Report on plague in the Punjab from October 1st ... to September 30th ..., being the ... season of plague in the province
Disease focus: Plague
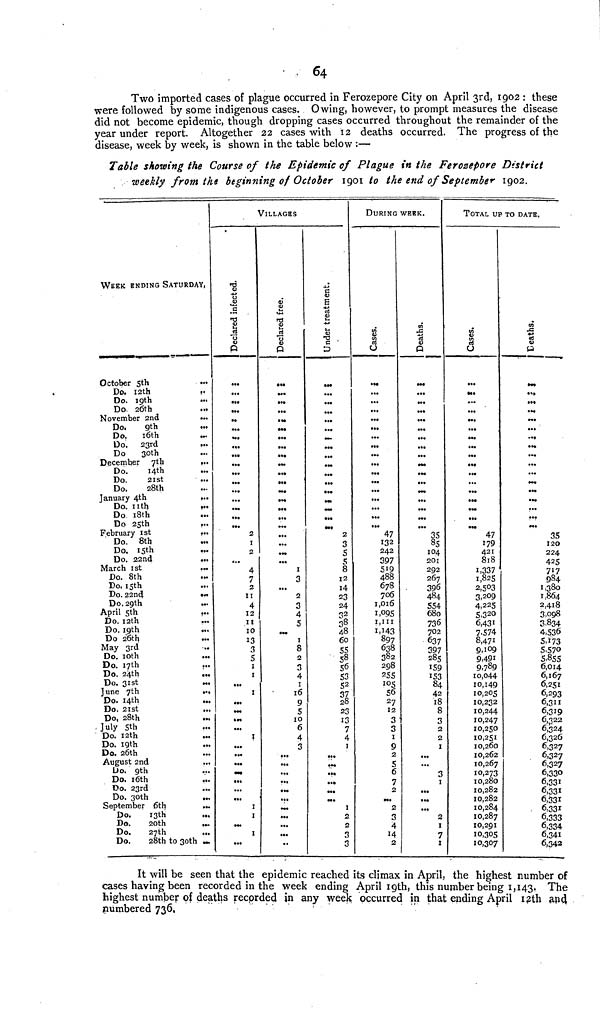
64
Two imported cases of plague occurred in Ferozepore City on April 3rd, 1902 : these
were followed by some indigenous cases. Owing, however, to prompt measures the disease
did not become epidemic, though dropping cases occurred throughout the remainder of the
year under report. Altogether 22 cases with 12 deaths occurred. The progress of the
disease, week by week, is shown in the table below :—
Table showing the Course of the Epidemic of Plague in the Ferozepore District
weekly from the beginning of October 1901 to the end of September 1902.
WEEK ENDING SATURDAY)
October 5th
Do. 12th
...
Do. 19th
...
Do 26th
November 2nd
...
Do.
9th
...
Do.
16th
...
Do.
23rd
...
Do
30th
December 7th
...
Do.
14th
...
Do.
21st
...
Do.
28th
January 4th
...
Do. nth
...
Do 18th
Do 25th
February 1st
Do.
8th
».
Do. 15th
Do.
22nd
...
March
1st
...
Do. 8th
Do. 15th
Do. 22nd
...
Do. 29th
...
April 5th
...
Do. 12th
Do. 19th
Do 20th
...
May 3rd
Do. 10th
...
Do. 17th
...
Do. 24th
...
Do. 31st
-.
June 7th
..
Do. 14th
..
Do. 21st
..
Do, 28th
...
July 5th
Do. 12th
...
Do. 19th
Do. 26th
August 2nd
...
Do. 9th
...
Do. 16th
Do. 23rd
Do. 30th
...
September (5th
...
Do.
13th
...
Do.
20th
...
Do.
27th
...
Do.
28th to 30th ...
VILLAGES
Declared in
...
«••
...
..
...
...
...
...
...
...
...
...
...
...
...
2
I
2
...
4
7
2
11
4
12
11
10
13
3
S
1
1
...
1
...
...
...
...
...
...
...
...
...
...
I
I
I
...
free
a»«
...
».
...
...
...
• ••
...
...
...
...
•••
...
•.•
••<
...
...
...
...
...
...
I
3
2
3
4
5
1
8
2
3
4
1
16
9
5
10
6
4
3
...
...
...
...
...
...
...
...
...
..
•M
...
...
...
...
...
....
...
...
...
...
...
...
...
...
2
3
S
5
8
12
14
23
24
3 2
38
48
60
55
58
56
53
5 2
37 28
23
13
7
4
1
•••
...
.<•
...
...
1
2
2
3
3
DURING WEEK.
Cases.
...
...
...
...
...
...
...
...
...
...
...
...
...
...
...
...
...
47
132
242
397
519
488
678
706
1,016
1,095
1111
1143
897
638
382
298
255
105
56
27
12
3
3
1
9
2
c
6
7
2
4
14
2
Deaths.
...
...
...
...
...
...
...
...
...
....
...
...
....
...
...
...
85
104
201
292
267
396
484
554
680
736
702
637
397
285
159
153
84
42
18
8
3
2
2
1
...
3
1
...
...
...
2
I
7
I
TOTAL UP TO DATE.
Cases.
. -•
... ». ...
... ... ...
...
... ... ...
... ...
...
...
47
179
421
818
1,337
1,825
2,5°3
3,209
4,225
S,3 20
6,431
7.574
8,471
9,109
9,491
9,789
10,044
10,149
10,205
10,232
10,244
10,247
10,250
10,251
10,260
10,262
10,267
10,273
10,280
10,282
10,282
10,284
10,287
10,291
10,305
10,307
Deaths.
...
...
....
...
...
...
...
...
...
««•
...
...
...
...
35
120
224
425
717
984
1,380
1,864
2,418
3,098
3,834
4,536
5,i73
5,570
5355
6,014
6,167
6,251
6,293
6,311
6,319
6,322
6,324
6,326
6,327
6,327
6,327
6,330
6,331
6,331
6,331
6.331
6,333
6,334
6,341
6,342
It will be seen that the epidemic reached its climax in April, the highest number of
cases having been recorded in the week ending April 19th, this number being 1,143. The
highest number of deaths recorded in any week occurred in that ending April 12th and
numbered 736,